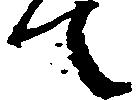
て